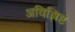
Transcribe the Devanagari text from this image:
अविश्लिष्ट